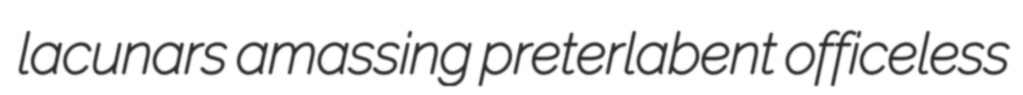
lacunars amassing preterlabent officeless